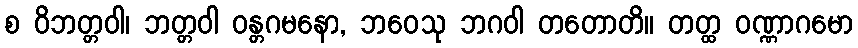
စ ဝိဘတ္တဝါ၊ ဘတ္တဝါ ဝန္တဂမနော, ဘဝေသု ဘဂဝါ တတောတိ။ တတ္ထ ဝဏ္ဏာဂမော